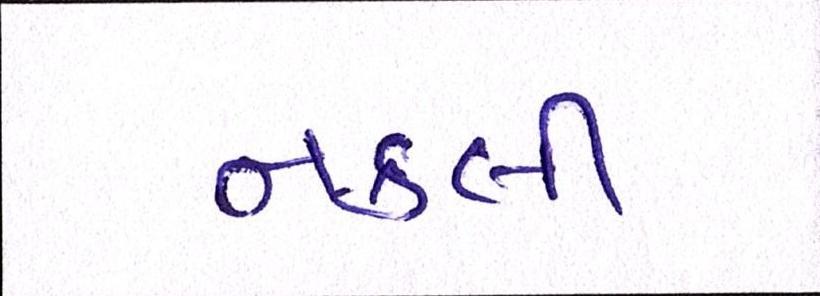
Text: નકલી